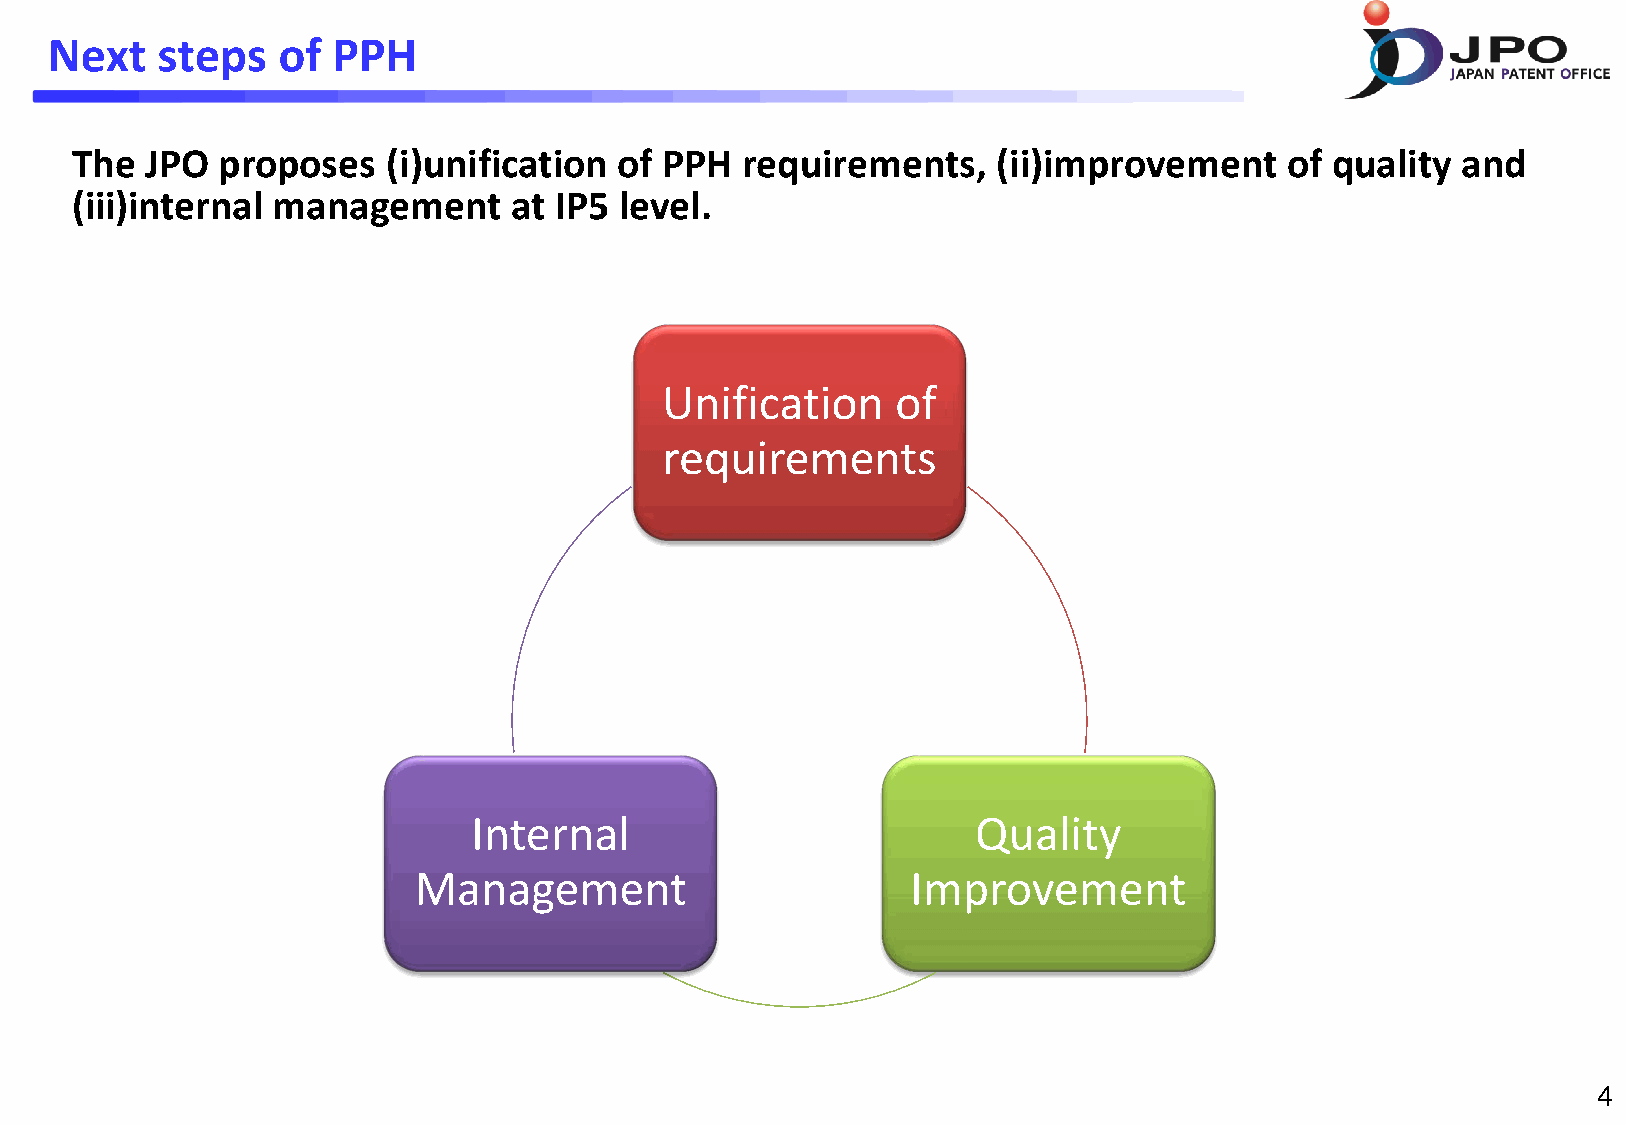
Next   steps   of  PPH
 The  JPO proposes    (i)unification of PPH  requirements,    (ii)improvement    of quality  and
 (iii)internal management     at IP5 level.
 Unification    of
 requirements
 Internal                          Quality
 Management                       Improvement
 4